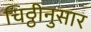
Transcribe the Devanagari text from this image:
चिठ्ठीनुसार